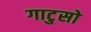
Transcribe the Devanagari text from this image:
गाटुसो